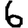
Digit: 6